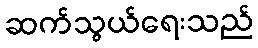
ဆက်သွယ်ရေးသည်